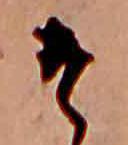
そ